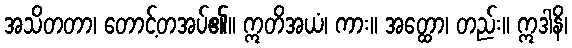
အသိတတာ၊ တောင့်တအပ်၏။ ဣတိအယံ၊ ကား။ အတ္ထော၊ တည်း။ ဣဒါနိ၊